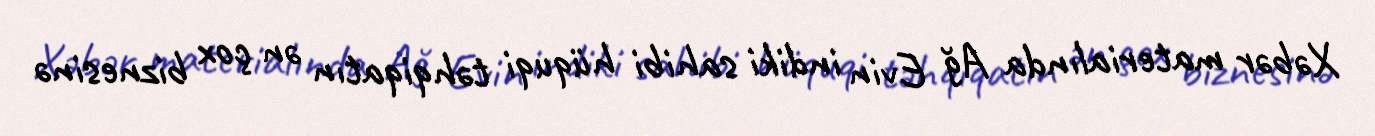
Xəbər materialında Ağ Evin indiki sahibi hüquqi təhqiqatın ən çox biznesinə